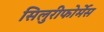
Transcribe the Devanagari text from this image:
सिलुरीफोर्मेस